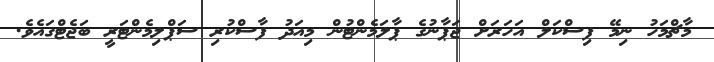
މާޗްމަހު ނިމޭ ފިސްކަލް އަހަރަށް ޖަޕާނުގެ ޕާލަމެންޓުން މިއަދު ފާސްކުރި ސަޕްލިމެންޓަރީ ބަޖެޓްގައެވެ.